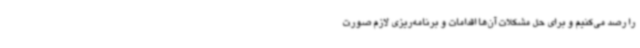
را رصد می‌کنیم و برای حل مشکلات آن‌ها اقدامات و برنامه‌ریزی لازم صورت